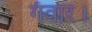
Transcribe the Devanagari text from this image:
गँवार।